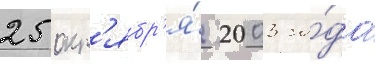
25 окт'ябр'я́ 2003 го́да